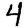
Digit: 4